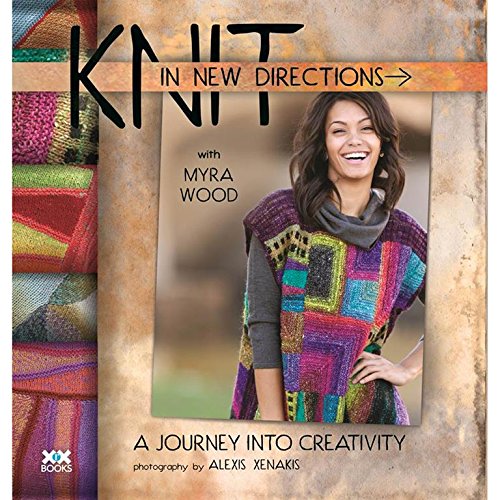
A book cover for Knit in New Directions: A Journey into Creativity; Myra Wood; Crafts, Hobbies & Home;